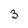
Character: 3